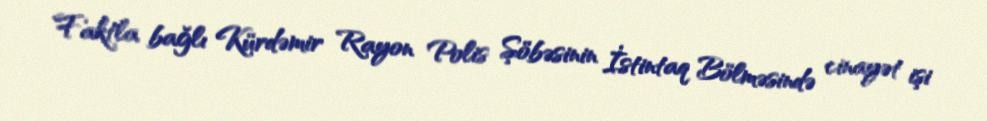
Faktla bağlı Kürdəmir Rayon Polis Şöbəsinin İstintaq Bölməsində cinayət işi